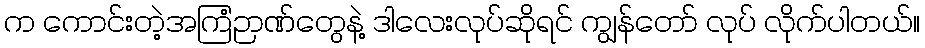
က ကောင်းတဲ့အကြံဉာဏ်တွေနဲ့ ဒါလေးလုပ်ဆိုရင် ကျွန်တော် လုပ် လိုက်ပါတယ်။